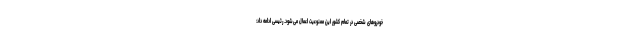
خودروهای شخصی در تمام کشور این ممنوعیت اعمال می‌شود. رئیسی ادامه داد: